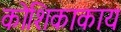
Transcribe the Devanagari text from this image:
कोशिकाकाय